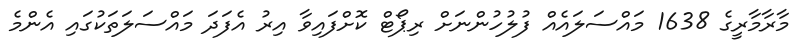
މާރާމާރީގެ 1638 މައްސަލައެއް ފުލުހުންނަށް ރިޕޯޓް ކޮށްފައިވާ އިރު އެފަދަ މައްސަލަތަކުގައި އެންމެ